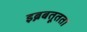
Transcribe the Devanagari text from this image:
इब्नबतूतता